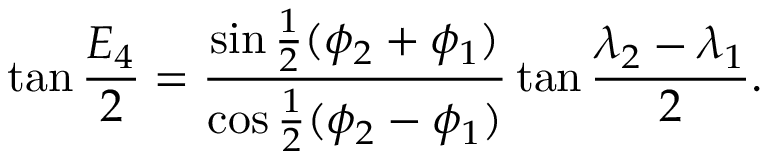
\tan { \frac { E _ { 4 } } { 2 } } = { \frac { \sin { \frac { 1 } { 2 } } ( \phi _ { 2 } + \phi _ { 1 } ) } { \cos { \frac { 1 } { 2 } } ( \phi _ { 2 } - \phi _ { 1 } ) } } \tan { \frac { \lambda _ { 2 } - \lambda _ { 1 } } { 2 } } .